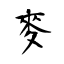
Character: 麥